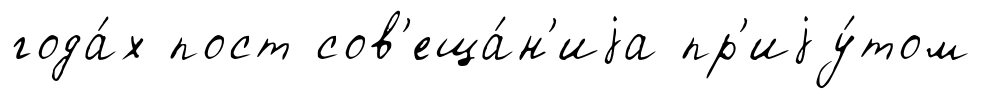
года́х пост сов'еща́н'иjа пр'иjу́том